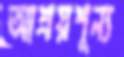
আশ্রয়শূন্য